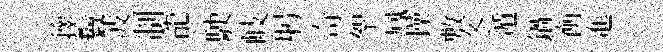
籜鬟波制龍駛岐躬奇挐鳳操敷冬遁鍋衡進